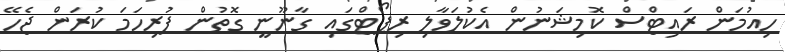
ހިއުމަން ރައިޓްސް ކޮމިޝަނުން އެކުލަވާލި ރިޕޯޓްގައި ގާނޫނީ ގޮތުން ފުރިހަމަ ކުރަން ޖެހޭ